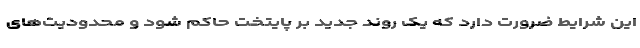
این شرایط ضرورت دارد که یک روند جدید بر پایتخت حاکم شود و محدودیت‌های